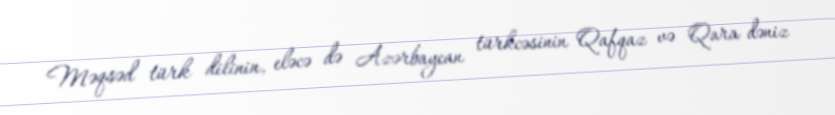
Məqsəd türk dilinin, eləcə də Azərbaycan türkcəsinin Qafqaz və Qara dəniz